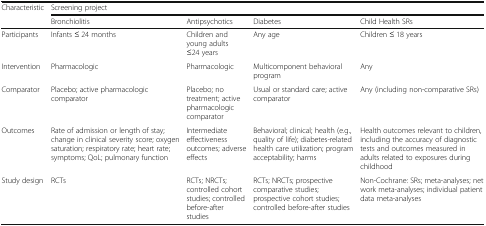
<table><thead><tr><td rowspan="2"><b>Characteristic</b></td><td colspan="4"><b>Screening project</b></td></tr><tr><td><b>Bronchiolitis</b></td><td><b>Antipsychotics</b></td><td><b>Diabetes</b></td><td><b>Child Health SRs</b></td></tr></thead><tbody><tr><td>Participants</td><td>Infants ≤ 24 months</td><td>Children and young adults ≤24 years</td><td>Any age</td><td>Children ≤ 18 years</td></tr><tr><td>Intervention</td><td>Pharmacologic</td><td>Pharmacologic</td><td>Multicomponent behavioral program</td><td>Any</td></tr><tr><td>Comparator</td><td>Placebo; active pharmacologic comparator</td><td>Placebo; no treatment; active pharmacologic comparator</td><td>Usual or standard care; active comparator</td><td>Any (including non-comparative SRs)</td></tr><tr><td>Outcomes</td><td>Rate of admission or length of stay; change in clinical severity score; oxygen saturation; respiratory rate; heart rate; symptoms; QoL; pulmonary function</td><td>Intermediate effectiveness outcomes; adverse effects</td><td>Behavioral; clinical; health (e.g., quality of life); diabetes-related health care utilization; program acceptability; harms</td><td>Health outcomes relevant to children, including the accuracy of diagnostic tests and outcomes measured in adults related to exposures during childhood</td></tr><tr><td>Study design</td><td>RCTs</td><td>RCTs; NRCTs; controlled cohort studies; controlled before-after studies</td><td>RCTs; NRCTs; prospective comparative studies; prospective cohort studies; controlled before-after studies</td><td>Non-Cochrane: SRs; meta-analyses; network meta-analyses; individual patient data meta-analyses</td></tr></tbody></table>